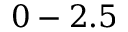
0 - 2 . 5